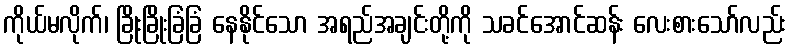
ကိုယ်မလိုက်၊ ခြိုးခြိုးခြံခြံ နေနိုင်သော အရည်အချင်းတို့ကို သခင်အောင်ဆန်း လေးစားသော်လည်း